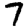
Digit: 7